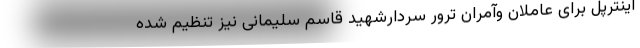
اینترپل برای عاملان وآمران ترور سردارشهید قاسم سلیمانی نیز تنظیم شده